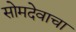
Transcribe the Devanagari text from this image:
सोमदेवाचा